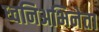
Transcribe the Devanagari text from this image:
ध्वनिअभिनेता